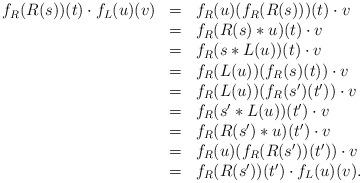
LaTeX: \begin{align*}\begin{array}{lll}f_R(R(s))(t)\cdot f_L(u)(v)&=&f_R(u)(f_R(R(s)))(t)\cdot v\\&=&f_R(R(s)*u)(t)\cdot v\\&=&f_R(s*L(u))(t)\cdot v\\&=&f_R(L(u))(f_R(s)(t))\cdot v\\&=&f_R(L(u))(f_R(s')(t'))\cdot v\\&=&f_R(s'*L(u))(t')\cdot v\\&=&f_R(R(s')*u)(t')\cdot v\\&=&f_R(u)(f_R(R(s'))(t'))\cdot v\\&=&f_R(R(s'))(t')\cdot f_L(u)(v).\end{array}\end{align*}